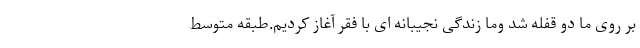
بر روی ما دو قفله شد وما زندگی نجیبانه ای با فقر آغاز کردیم.طبقه متوسط